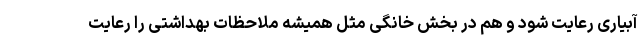
آبیاری رعایت شود و هم در بخش خانگی مثل همیشه ملاحظات بهداشتی را رعایت